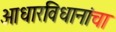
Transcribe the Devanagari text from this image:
आधारविधानांचा